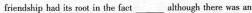
friendship had its root in the faet______ although there was an